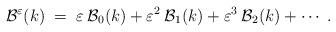
LaTeX: \begin{align*}{\cal{B}}^\varepsilon(k) \;=\; \varepsilon\: {\cal{B}}_0(k) + \varepsilon^2\: {\cal{B}}_1(k) + \varepsilon^3\: {\cal{B}}_2(k) + \cdots\;. \end{align*}